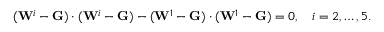
( \mathbf { W } ^ { i } - \mathbf { G } ) \cdot ( \mathbf { W } ^ { i } - \mathbf { G } ) - ( \mathbf { W } ^ { 1 } - \mathbf { G } ) \cdot ( \mathbf { W } ^ { 1 } - \mathbf { G } ) = 0 , \quad i = 2 , \ldots , 5 .